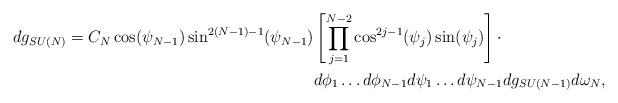
LaTeX: \begin{align*}dg_{SU(N)}=C_N\cos(\psi_{N-1})\sin^{2(N-1)-1}(\psi_{N-1})&\left[\prod_{j=1}^{N-2}\cos^{2j-1}(\psi_{j})\sin(\psi_j)\right]\cdot\\&d\phi_1\ldots d\phi_{N-1}d\psi_1\ldots d\psi_{N-1} dg_{SU(N-1)}d\omega_N,\end{align*}